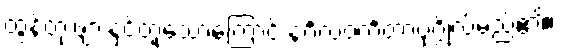
ထွန်တုံးဖျားနှင့်တူသောကြောင့် နင်္ဂလဝင်္ကတာပုဂ္ဂိုလ်မည်၏။